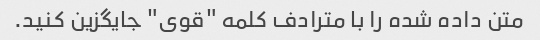
متن داده شده را با مترادف کلمه "قوی" جایگزین کنید.